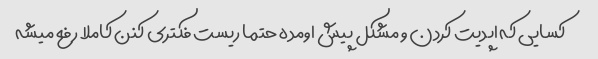
کسایی که اپدیت کردن و مشکل پیش اومده حتما ریست فکتری کنن کاملا رفع میشه